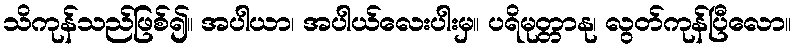
သိကုန်သည်ဖြစ်၍။ အပါယာ၊ အပါယ်လေးပါးမှ။ ပရိမုတ္တာနု၊ လွတ်ကုန်ပြီလော။